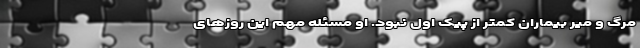
مرگ و میر بیماران کمتر از پیک اول نبود. او مسئله مهم این روز‌های